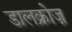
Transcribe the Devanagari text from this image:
डालक्रोज़